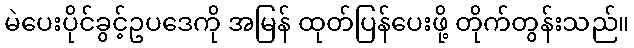
မဲပေးပိုင်ခွင့်ဥပဒေကို အမြန် ထုတ်ပြန်ပေးဖို့ တိုက်တွန်းသည်။